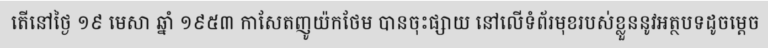
តើនៅថ្ងៃ ១៩ មេសា ឆ្នាំ ១៩៥៣ កាសែតញូយ៉កថែម បានចុះផ្សាយ នៅលើទំព័រមុខរបស់ខ្លួននូវអត្ថបទដូចម្តេច